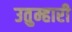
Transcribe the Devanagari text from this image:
उतुम्हारी